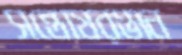
সন্তোষরঞ্জন